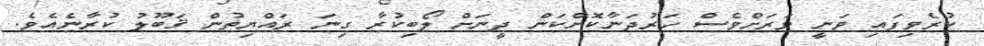
ކުރެވިފައި ވަނީ ވަރަށްވެސް ހަރުދަނާކޮށްކަން ދީނަށް ލޯބިކުރާ ގިނަ ރައްޔިތުން ޤަބޫލު ކުރާނެއެވެ.